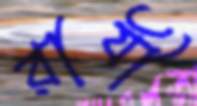
রাযী